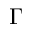
\Gamma